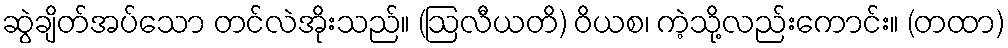
ဆွဲချိတ်အပ်သော တင်လဲအိုးသည်။ (ဩလီယတိ) ဝိယစ၊ ကဲ့သို့လည်းကောင်း။ (တထာ)